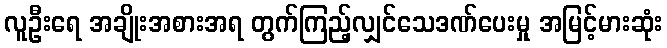
လူဦးရေ အချိုးအစားအရ တွက်ကြည့်လျှင်သေဒဏ်ပေးမှု အမြင့်မားဆုံး